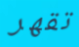
تقهر